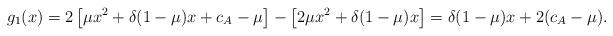
LaTeX: \begin{align*}g_1(x) &= 2 \left[ \mu x^2+ \delta(1-\mu)x+c_A - \mu \right]- \left[ 2\mu x^2 + \delta(1-\mu)x\right]= \delta(1-\mu)x + 2(c_A - \mu) . \end{align*}